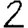
Digit: 2